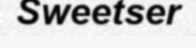
Sweetser